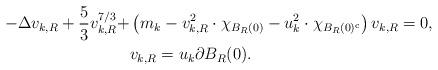
LaTeX: \begin{align*}- \Delta v_{k,R} + \frac{5}{3} v_{k,R}^{7/3} + &\left( m_{k} - v_{k,R}^{2} \cdot \chi_{B_{R}(0)} - u_{k}^{2} \cdot \chi_{B_{R}(0)^{\rm c}} \right) v_{k,R} = 0, \\& v_{k,R} = u_{k} \partial B_{R}(0). \end{align*}